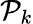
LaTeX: \mathcal{P}_{k}